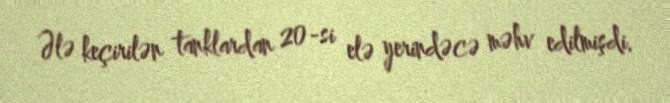
Ələ keçirilən tanklardan 20-si elə yerindəcə məhv edilmişdi.